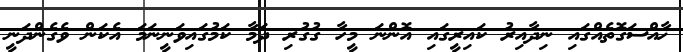
ޚާއްސަގޮތެއްގައި ނިދާއިރު ކައިރީގައި އޮންނަ މީހާ ގުގުރި ދަމާ ކަމުގައިވަނީނަމަ އެކަން ވެގެންދަނީ